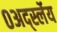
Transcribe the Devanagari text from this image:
०अर्द्स्लेय